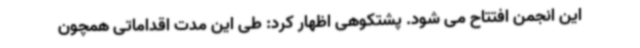
این انجمن افتتاح می شود. پشتکوهی اظهار کرد: طی این مدت اقداماتی همچون